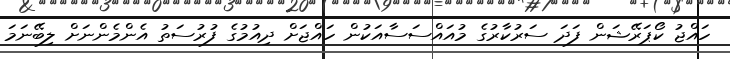
ހައްޖު ކޯޕަރޭޝަން ފަދަ ސަރުކާރުގެ މުއައްސަސާއަކުން ހައްޖަށް ދިއުމުގެ ފުރުސަތު އެންމެންނަށް ލިބޭނަމަ